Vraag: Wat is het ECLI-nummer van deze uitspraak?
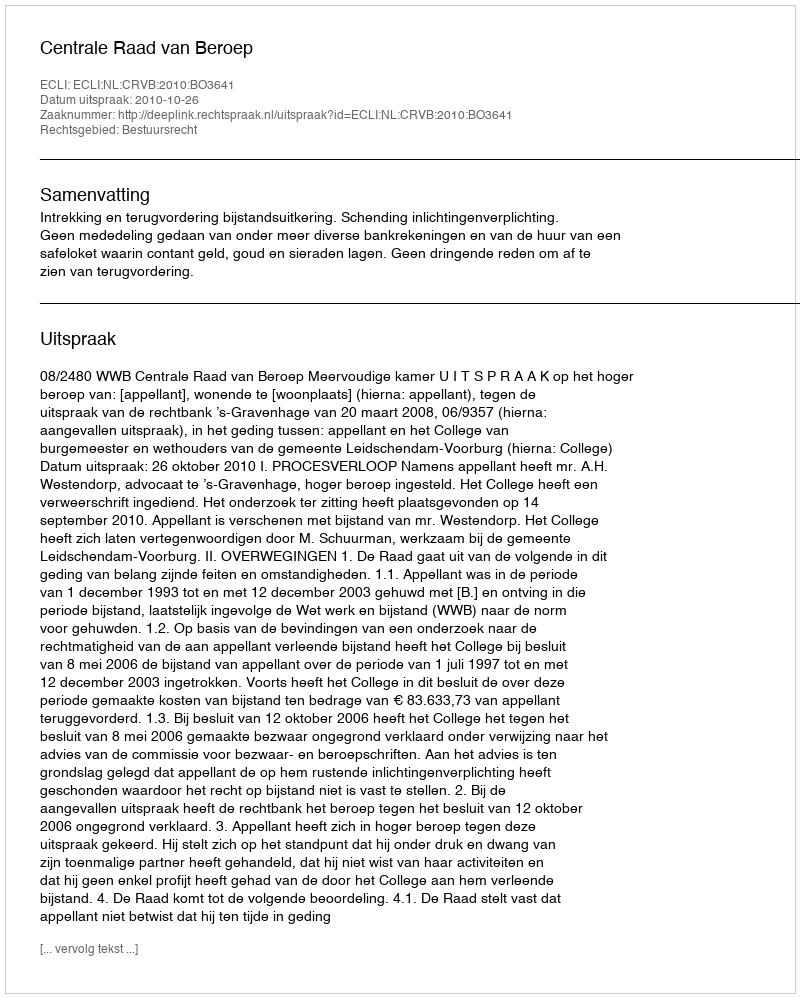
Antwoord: ECLI:NL:CRVB:2010:BO3641